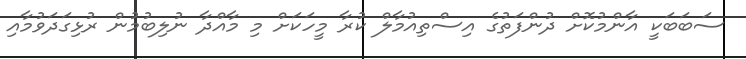
ސަބަބަކީ އާންމުކޮށް ދުންފަތުގެ އިސްތިއުމާލް ކުރާ މީހަކަށް މި މާއްދާ ނުލިބުމުން ރުޅިގަދަވުމާއި